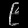
Digit: ၉